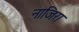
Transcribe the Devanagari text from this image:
नाजिरा